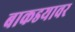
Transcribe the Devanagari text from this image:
बाकडयावर